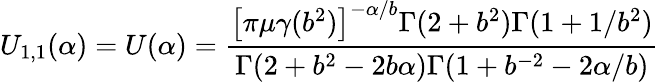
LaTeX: U_{1,1}(\alpha)=U(\alpha)=\frac{\left[\pi\mu\gamma(b^{2})\right]^{-\alpha/b}\Gamma(2+b^{2})\Gamma(1+1/b^{2})}{\Gamma(2+b^{2}-2b\alpha)\Gamma(1+b^{-2}-2\alpha/b)}